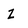
Character: Z